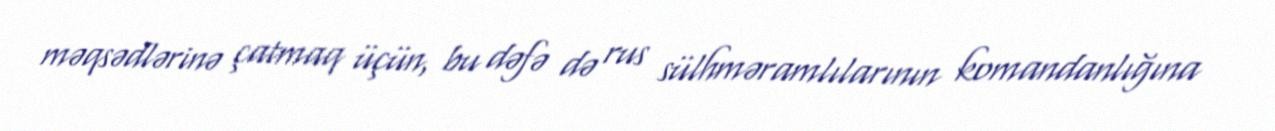
məqsədlərinə çatmaq üçün, bu dəfə də rus sülhməramlılarının komandanlığına